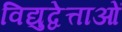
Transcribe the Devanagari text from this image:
विद्युद्वेत्ताओं